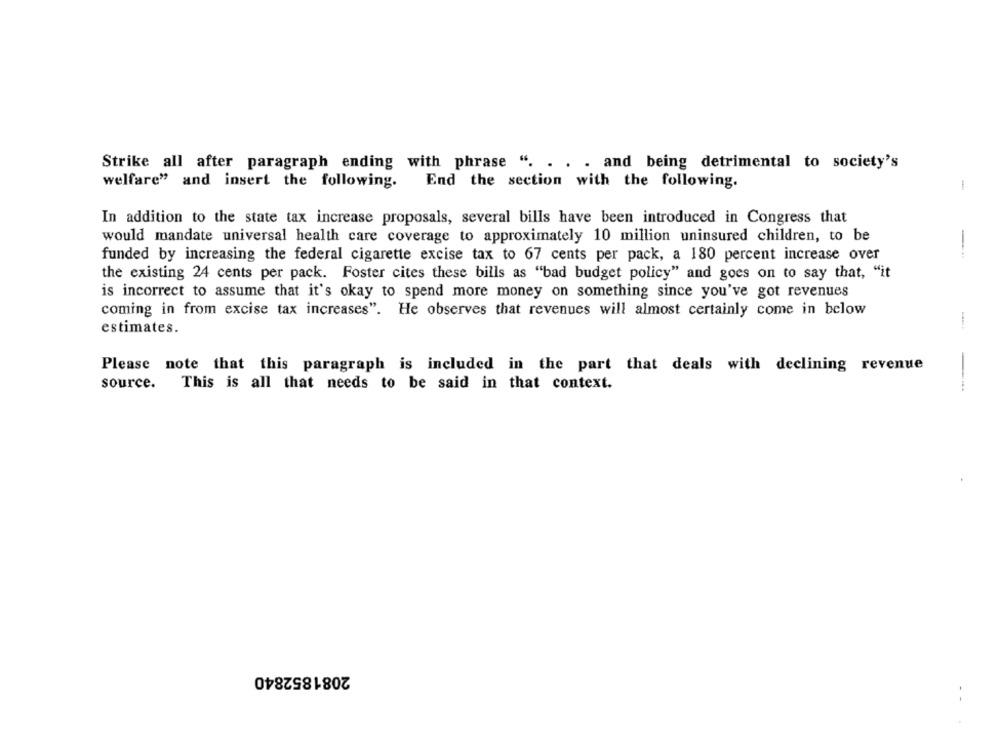
Strike all after paragraph ending with phrase ". . . . and being detrimental to society's
welfare" and insert the following. End the section with the following.
In addition to the state tax increase proposals, several bills have been introduced in Congress that
would mandate universal health care coverage to approximately 10 million uninsured children, to be
funded by increasing the federal cigarette excise tax to 67 cents per pack, a 180 percent increase over
--
the existing 24 cents per pack. Foster cites these bills as "bad budget policy" and goes on to say that, "it
is incorrect to assume that it's okay to spend more money on something since you've got revenues
coming in from excise tax increases". He observes that revenues will almost certainly come in below
-
estimates.
Please note that this paragraph is included in the part that deals with declining revenue
source. This is all that needs to be said in that context.
--
2081852840